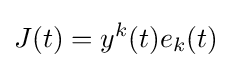
J(t)=y^{k}(t)e_{k}(t)